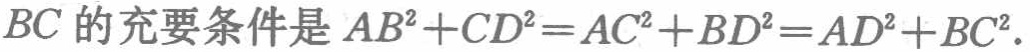
$BC$的充要条件是$AB^{2}+CD^{2}=AC^{2}+BD^{2}=AD^{2}+BC^{2}$.